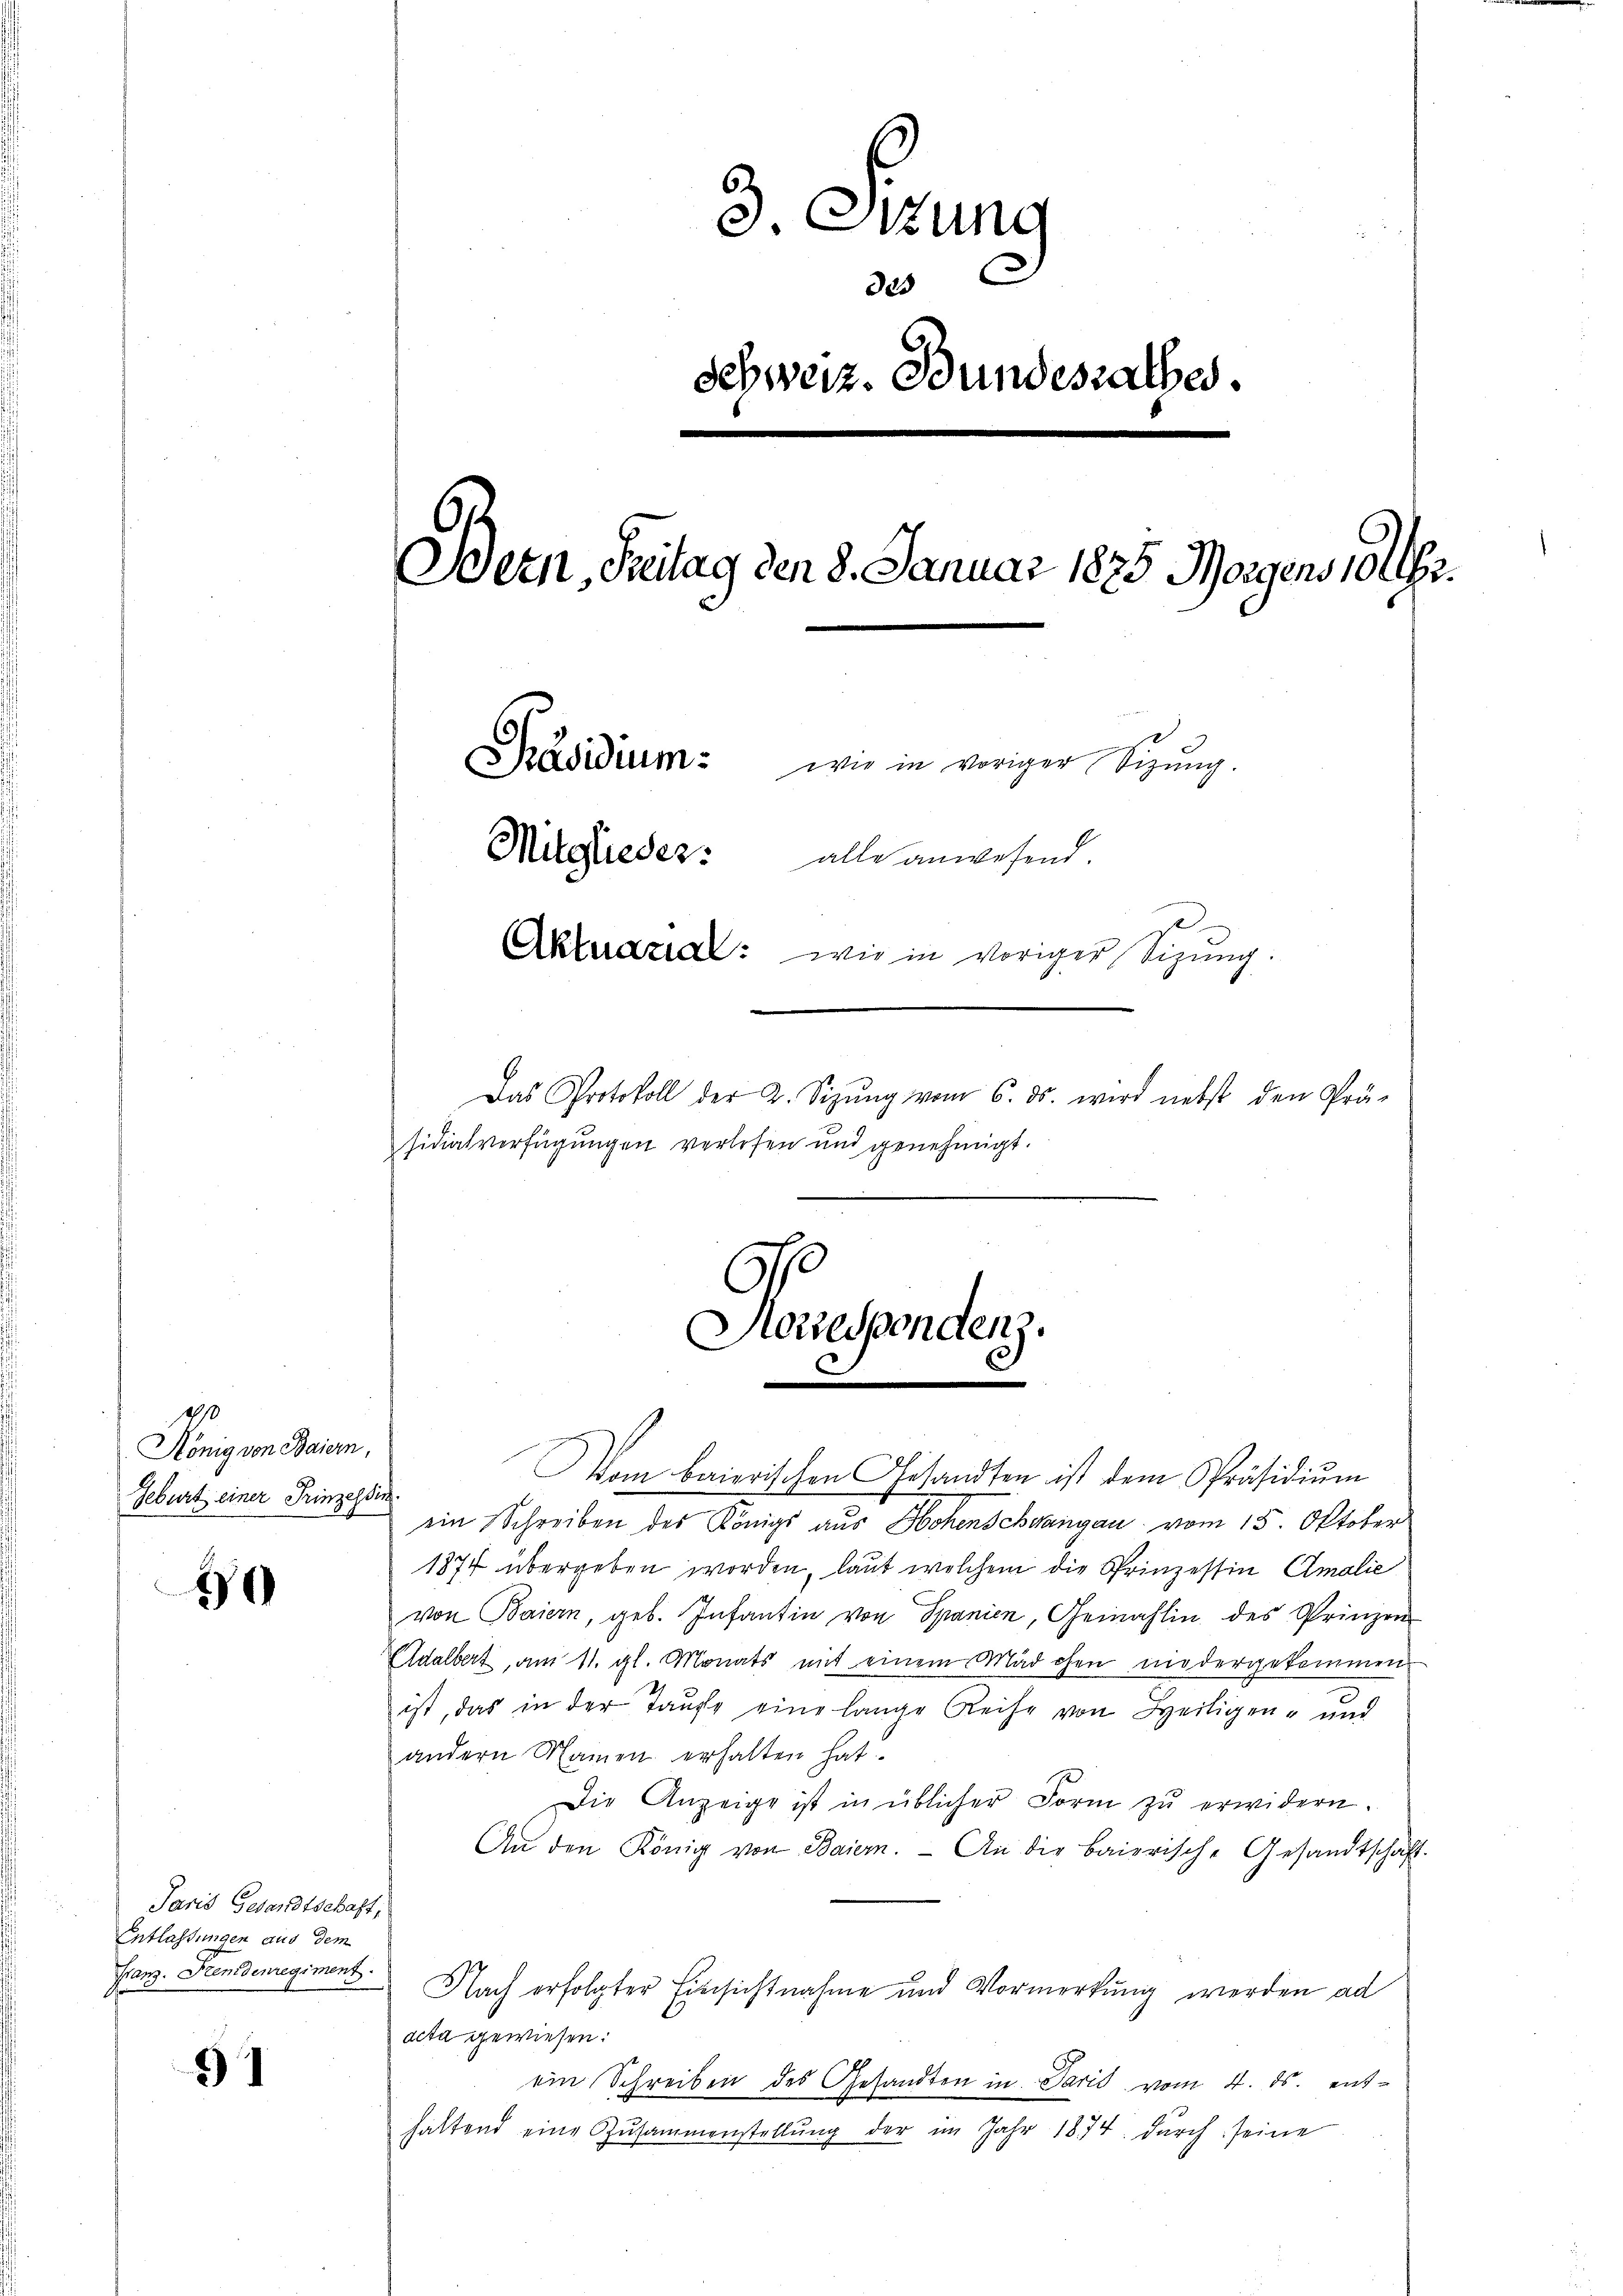
80
König von Baiern,
Geburt einer Prinzessin.

50

Paris Gesandtschaft,
Entlassungen aus dem
Franz. Fremdenregiment.

)1

3. Sitzung
Schweiz. Bundesrathes.
Bern, Freitag den 8. Januar 1825. Morgens 104.
Präsidium: wie in voriger Sizung.
Mitglieder alle anwesend.
Aktuarial: wie in voriger Sizung.
Das Protokoll der 2. Sizŭng vom 6. ds. wird nebst den Prä-
sidialverfügungen verlesen und genehmigt.

om baierischen Gesandten ist dem Präsidiŭm
ein Schreiben des Königs aus Hohenschwangau vom 15. Oktober
1874 übergeben worden, laut welchem die Prinzessin Amalie
von Baiern, geb. Infantin von Spanien, Gemahlin des Prinzen
Adalbert, am 11. gl. Monats mit einem Mädchen niedergekommen
ist, das in der Taufe eine lange Reihe von Heiligen- und
andern Namen erhalten hat.
Die Anzeige ist in üblicher Form zŭ erwidern.
An den König von Baiern. An die baierische Gesandtschaft
Nach erfolgter Einsichtnahme und Vormerkung werden ad
acta gewiesen:
ein Schreiben des Gesandten in Paris vom 4. ds. enthaltend eine Zŭsammenstellŭng der im Jahr 1874. durch seine

323

3
Horrespondenz.
c